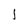
Character: l